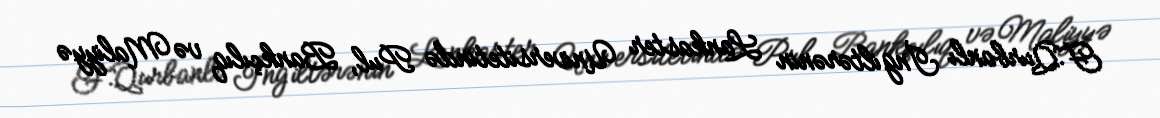
F.Qurbanlı İngiltərənin Lankaster Universitetində Pul, Bankçılıq və Maliyyə